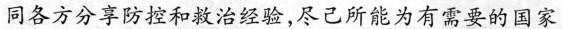
同各方分享防控和救治经验，尽己所能为有需要的国家